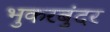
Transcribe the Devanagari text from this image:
भुकरबुंदर